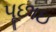
પૂછાઇ